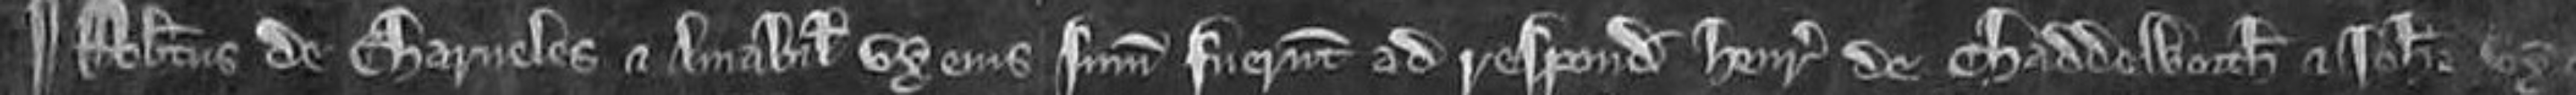
¶Robertus de Charneles et Amabilia uxor ejus summoniti fuerunt ad respondendum Henrico de Chaddeworth et Johanne uxori ejus